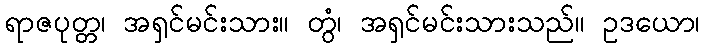
ရာဇပုတ္တ၊ အရှင်မင်းသား။ တွံ၊ အရှင်မင်းသားသည်။ ဥဒယော၊